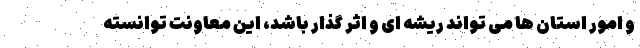
و امور استان ها می تواند ریشه ای و اثر گذار باشد، این معاونت توانسته